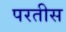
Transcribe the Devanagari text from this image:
परतीस